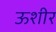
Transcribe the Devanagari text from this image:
ऊशीर